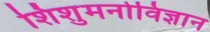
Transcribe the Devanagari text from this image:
शिशुमनोविज्ञान